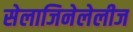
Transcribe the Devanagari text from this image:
सेलाजिनेलेलीज